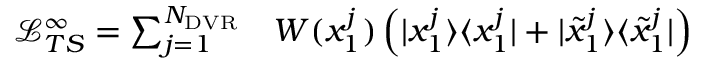
\begin{array} { r l } { \mathcal { L } _ { T S } ^ { \infty } = \sum _ { j = 1 } ^ { N _ { \mathrm { D V R } } } } & { { } W ( x _ { 1 } ^ { j } ) \left( | x _ { 1 } ^ { j } \rangle \langle x _ { 1 } ^ { j } | + | \tilde { x } _ { 1 } ^ { j } \rangle \langle \tilde { x } _ { 1 } ^ { j } | \right) } \end{array}